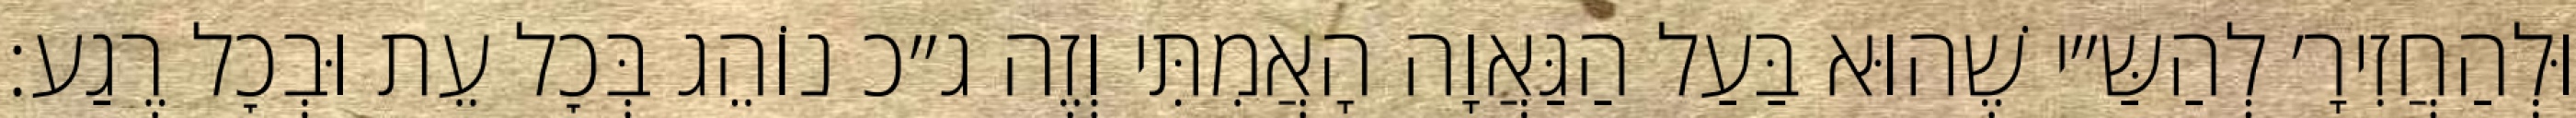
וּלְהַחֲזִירָ׳ לְהַשַּ״י שֶׁהוּא בַּעַל הַגַּאֲוָה הָאֲמִתִּי וְזֶה ג״כ נוֹהֵג בְּכׇל עֵת וּבְכׇל רֶגַע: